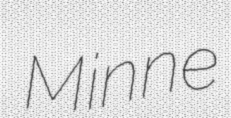
Minne